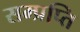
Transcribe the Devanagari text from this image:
सम्प्रप्ति